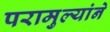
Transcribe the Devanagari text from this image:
परामुल्यांने